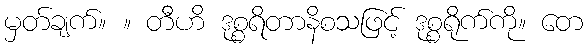
မှတ်ချက်။ ။ တီဟိ ဒုစ္စရိတာနိစသဖြင့် ဒုစ္စရိုက်ကို။ တေ